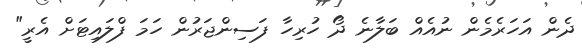
ދެން އަހަރެމެން ނުއެއް ބަލާނެ ދޯ ހުރިހާ ފަސިންޖަރުން ހަމަ ފްލައިޓަށް އެރީ"